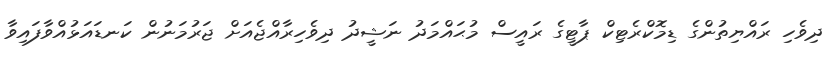
ދިވެހި ރައްޔިތުންގެ ޑިމޮކްރެޓިކް ޕާޓީގެ ރައީސް މުޙައްމަދު ނަޝީދު ދިވެހިރާއްޖެއަށް ޖަރުމަނުން ކަނޑައަޅުއްވާފައިވާ